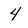
Character: 4